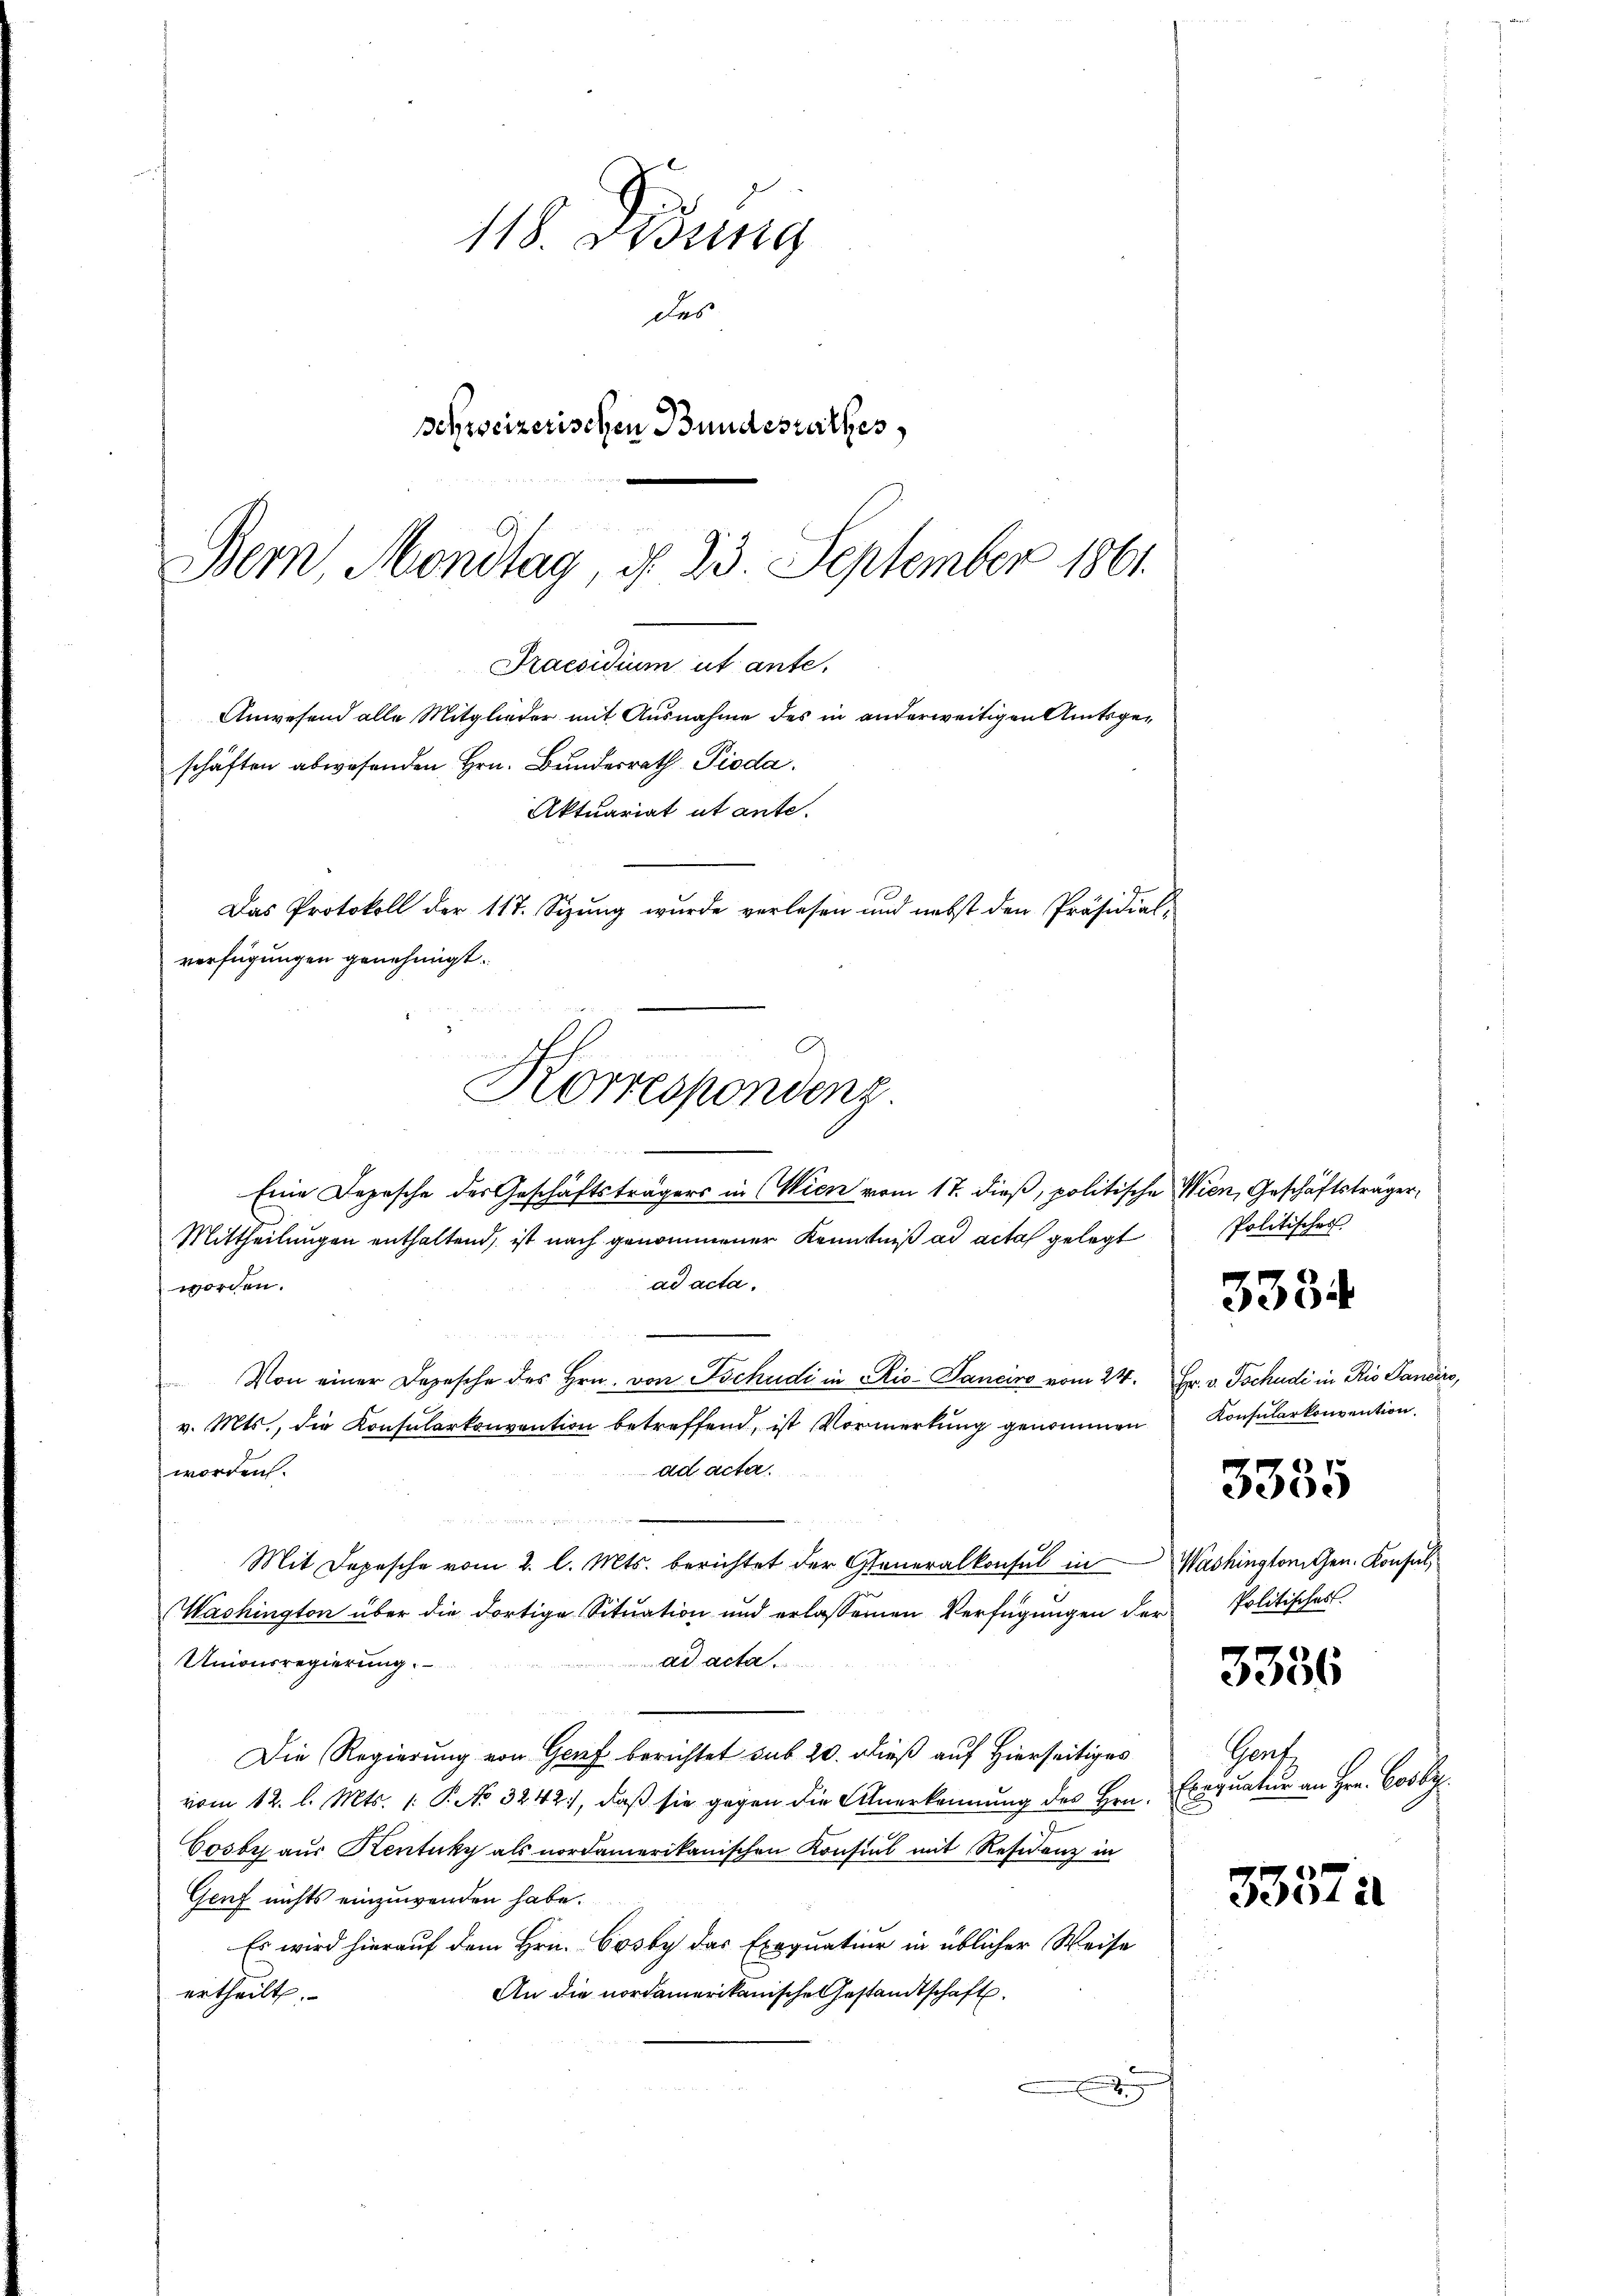
118. Ossing
Das
schreizerischen Bundesrathes,
Bern, Mondtag, d. 23. September 1861

Praesidium ut ante,
Anwesend alle Mitglieder mit Ausnahme des in anderweitigen Amtsgeschäften abwesenden Hrn. Bundesrath Pioda.
Aktuariat ut ante.
Das Protokoll der 117. Sizŭng wurde verlesen und nebst den Präsidial-
verfügungen genehmigt.
Korrespondenz.

wredenke an die
Eine Depesche der Geschäftsträgers in Wien vom 17. dieß, politische Wien, Geschäftsträger,
Mittheilungen enthaltend, ist nach genommener Kenntniß ad acta gelegt
ad acta.
worden.
Von einer Depesche des Hrn. von Tschudi in Rio-Panciro vom 24. Hr. v. Tschudi in Rio Sandire,
v. Mts., die Konsularkonvention betreffend, ist Vormerkung genommen
ad acta.
worden.
Mit Depesche vom 2. l. Mts. berichtet der Generalkonsul in Washington Gen. Konsul
Washington über die dortige Sitŭation und erlassenen Verfügŭngen der Politisches
ad acta.
Unionsregierung.
Die Regierung von Genf berichtet sub 20. dieß auf Hierseitiges
vom 12. l. Mts. /: P. No 3242, daß sie gegen die Anerkennung des Hrn.
Cosbys aus Kentuky als nordamerikanischen Konsul mit Residenz in
Geuf nichts einzuwenden habe.
Es wird hierauf dem Hrn. Cosby das Exequatur in üblicher Weise
An die nordamerikanische Gestandtschaft.
ertheilt.
g

Politisches

3334

Konsularkonvention.

3335

3336

Gent.
Exequatur an Hrn. Cosby.

3357